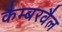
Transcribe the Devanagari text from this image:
कैम्बरवैल